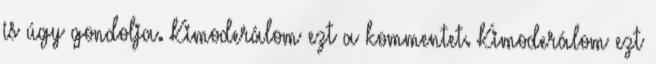
is úgy gondolja. Kimoderálom ezt a kommentet. Kimoderálom ezt